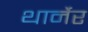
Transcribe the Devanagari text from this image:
थार्नेर